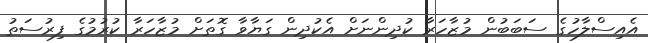
އެއިސްލާހުގެ ސަބަބުން މުޒާހަރާ ކުދިންނަށް އެކުދިން ގަޔާވާ ގޮތަށް މުޒާހަރާ ކުރުމުގެ ފިރުސަތު